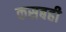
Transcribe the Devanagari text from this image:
कसबही